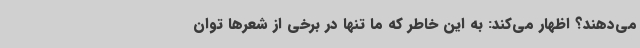
می‌دهند؟ اظهار می‌کند: به این خاطر که ما تنها در برخی از شعرها توان